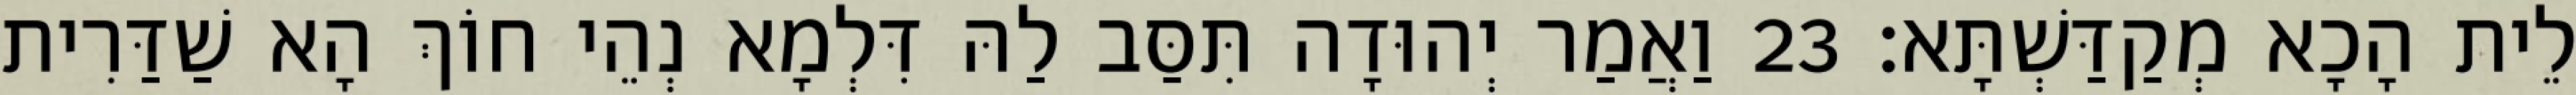
לֵית הָכָא מְקַדַּשְׁתָּא׃ 23 וַאֲמַר יְהוּדָה תִּסַּב לַהּ דִּלְמָא נְהֵי חוֹךְ הָא שַׁדַּרִית